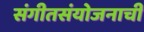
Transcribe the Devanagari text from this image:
संगीतसंयोजनाची